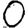
Digit: 0